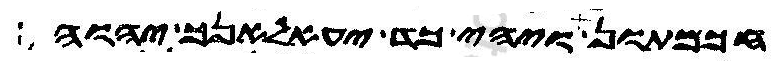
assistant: חכמתון ויהי כד יעאלאנך יהוה